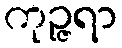
ကုဉ္ဇရာ